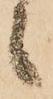
之